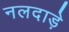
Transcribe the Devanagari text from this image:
नलदाड़े